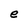
Character: e